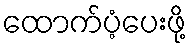
ထောက်ပံ့ပေးဖို့